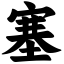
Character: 塞